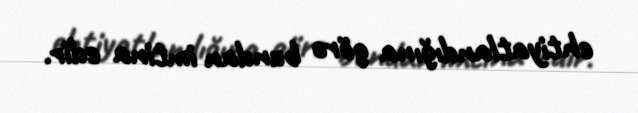
ehtiyatlandığına görə bundan imtina edir.